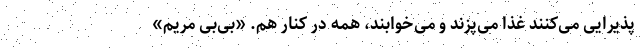
پذیرایی می‌کنند غذا می‌پزند و می‌خوابند، همه در کنار هم. «بی‌بی مریم»